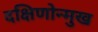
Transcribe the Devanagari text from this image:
दक्षिणोन्मुख